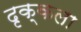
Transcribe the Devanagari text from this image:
दृक्‌कला